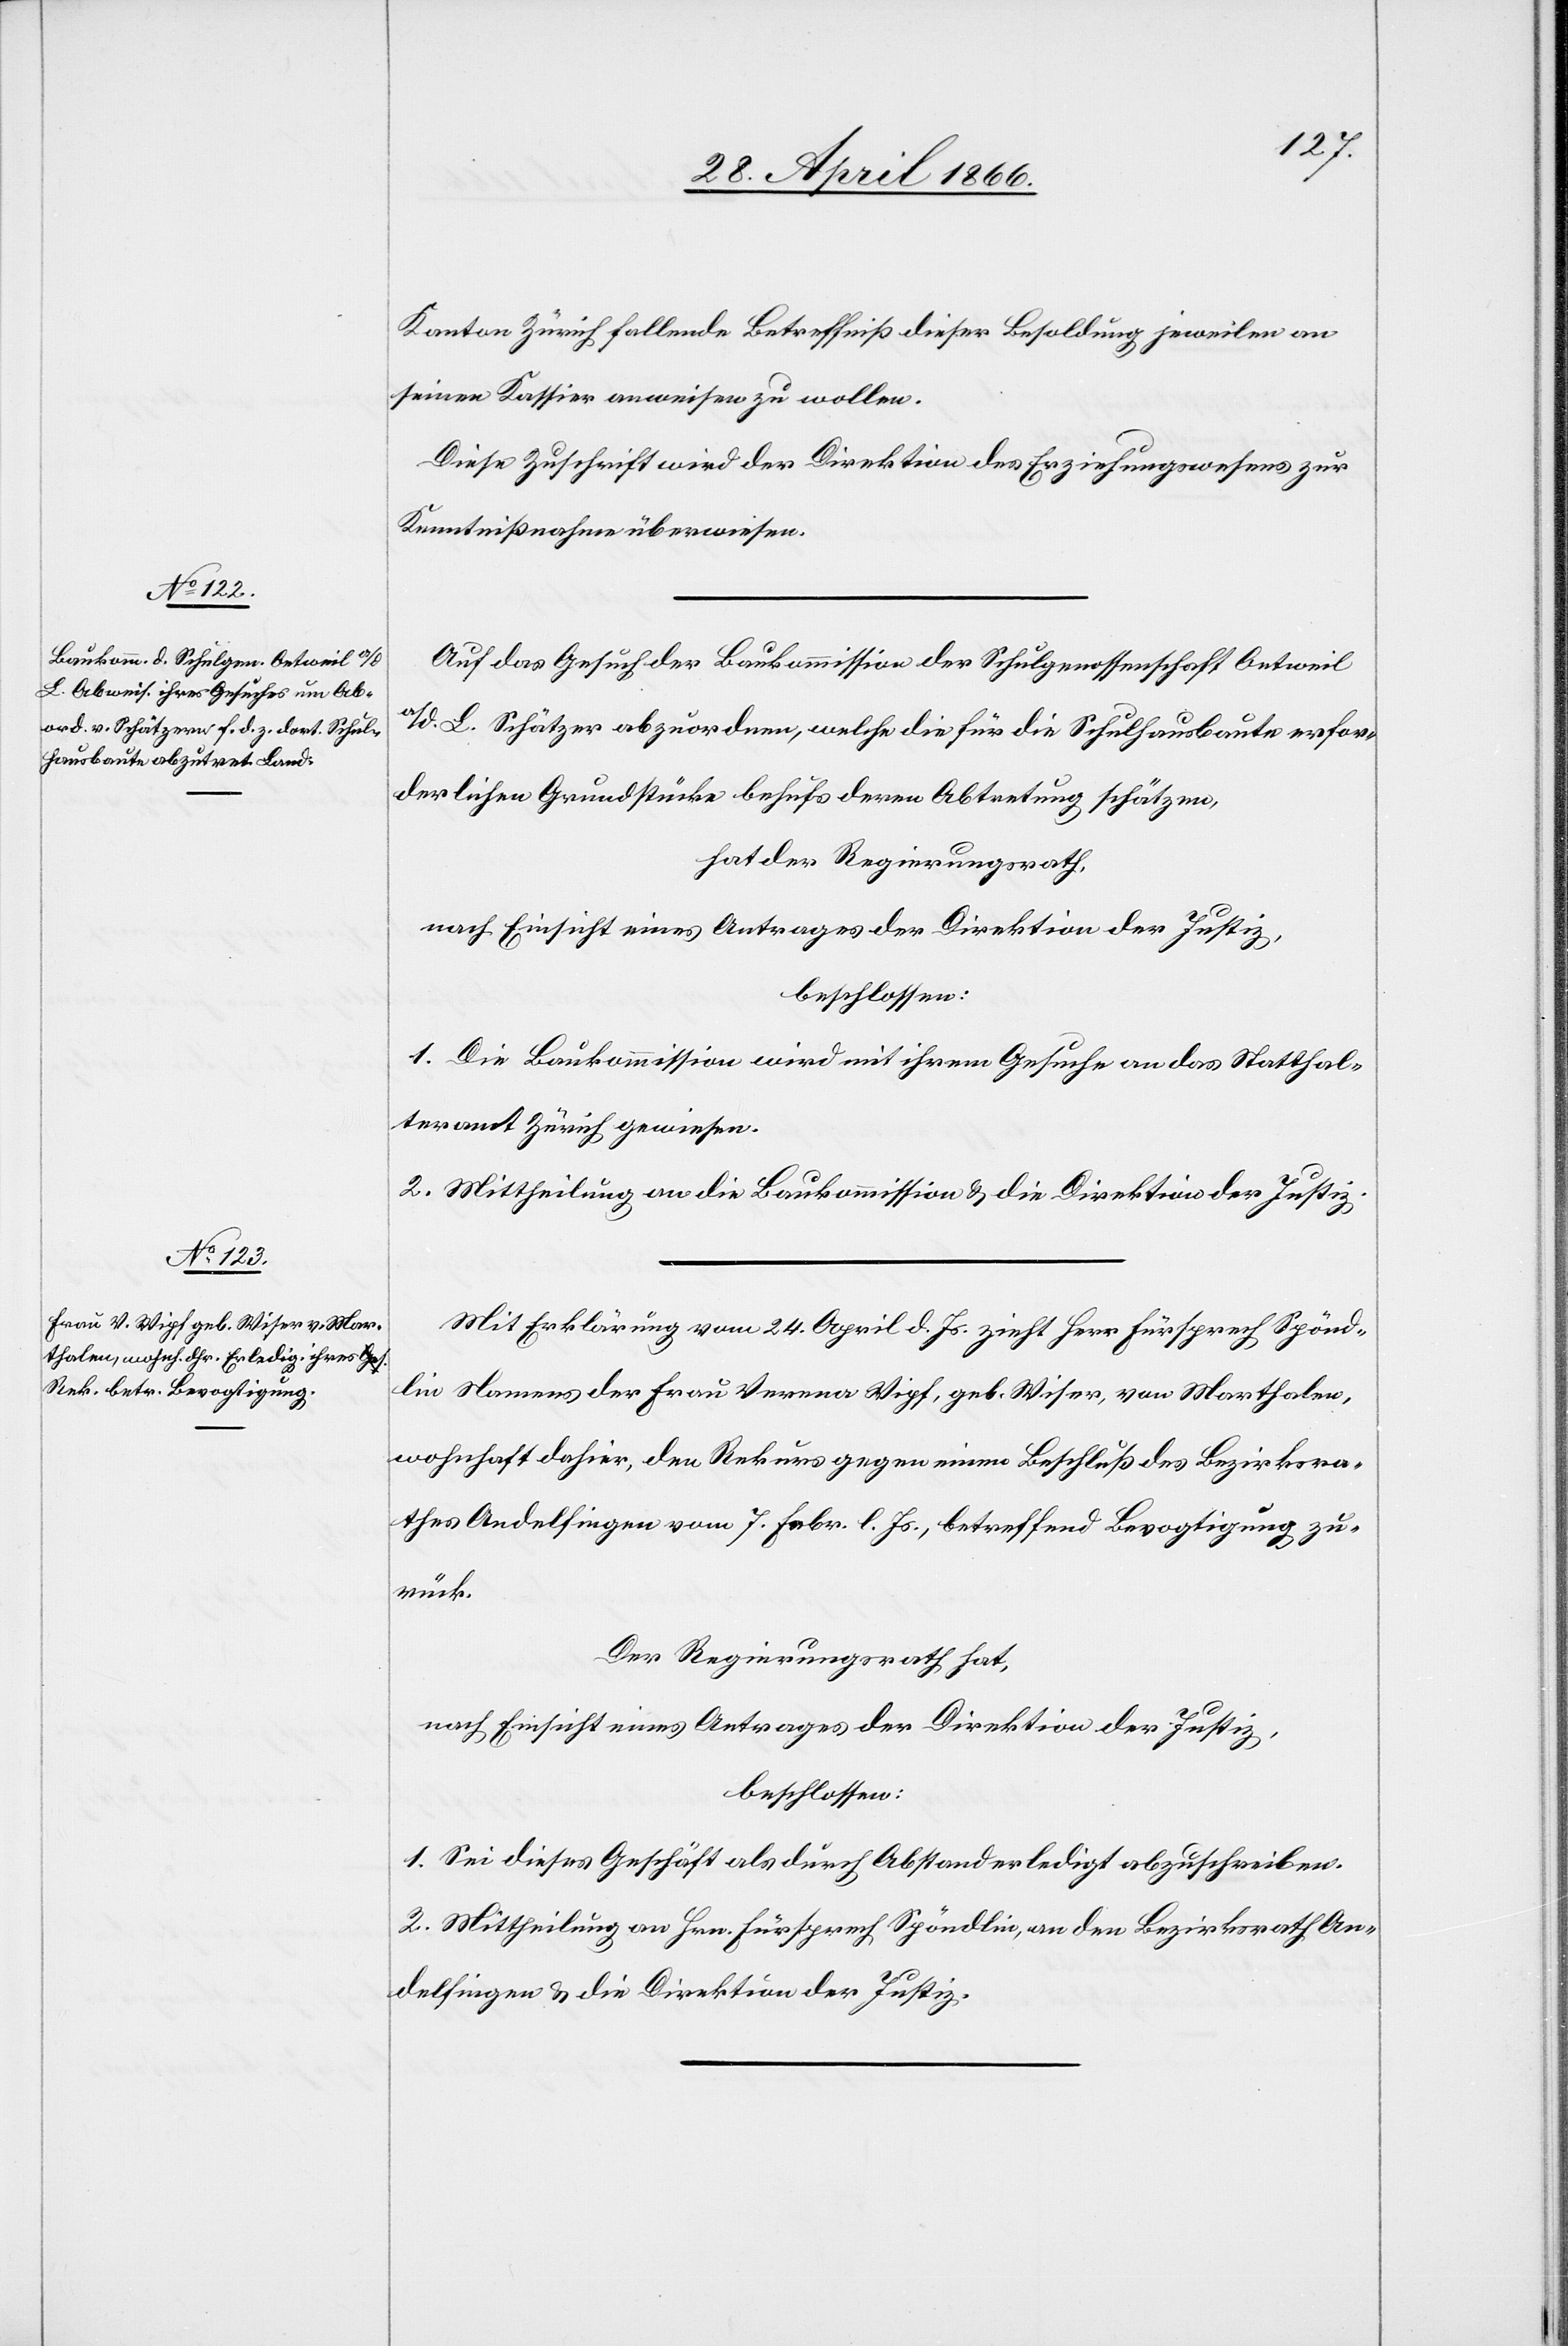
Kanton Zürich fallende Betreffniß dieser Besoldung jeweilen an
seinen Kassier anweisen zu wollen.
Diese Zuschrift wird der Direktion des Erziehungswesens zur
Kenntnißnahme überwiesen.
Auf das Gesuch der Baukommission der Schulgenossenschaft Oetweil
a/d. L. Schätzer abzuordnen, welche die für die Schulhausbaute erfor¬
derlichen Grundstücke behufs deren Abtretung schätzen,
hat der Regierungsrath,
nach Einsicht eines Antrages der Direktion des Justiz,
beschlossen:
1. Die Baukommission wird mit ihrem Gesuch an das Statthal¬
teramt Zürich gewiesen.
2. Mittheilung an die Baukommission u. die Direktion der Justi¬
z.
Mit Erklärung vom 24. April d. Js. zieht Herr Fürsprech Spönd¬
li Namens der Frau Verena Wipf, geb. Wiser, von Marthalen,
wohnhaft dahier, den Rekurs gegen einen Beschluß des Bezirksra¬
thes Andelfingen vom 7. Febr. l. Js., betreffend Bevogtigung zu¬
rück.
Der Regierungsrath hat,
nach Einsicht eines Antrages der Direktion der Justiz,
beschlossen:
1. Sei dieses Geschäft als durch Abstand erledigt abzuschreiben.
2. Mittheilung an Hrn. Fürsprech Spöndli, an den Bezirksrath An¬
delfingen u. die Direktion der Justiz.